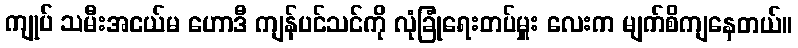
ကျုပ် သမီးအငယ်မ ဟောဒီ ကျန်ပင်သင်ကို လုံခြုံရေးတပ်မှူး လေးက မျက်စိကျနေတယ်။